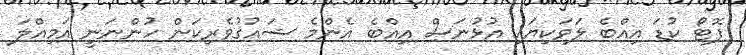
ފޮޓޯ ކުޑަ އިއްބެ ލަވަކިޔައި އުޅުނަސް އިއްބެ އެންމެ ޝައުޤުވެރިކަން ހުންނަނީ އަމިއްލަ